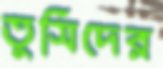
তুসিদের